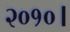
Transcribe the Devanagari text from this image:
२०१०।